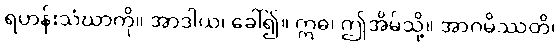
ရဟန်းသံဃာကို။ အာဒါယ၊ ခေါ်၍။ ဣဓ၊ ဤအိမ်သို့။ အာဂမိဿတိ၊